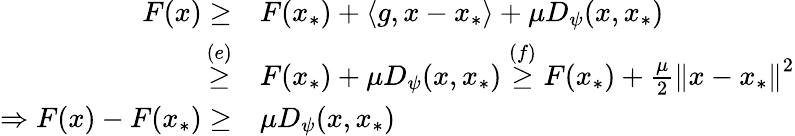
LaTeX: \begin{array}{rl}{F(x)\geq}&{F(x_{*})+\langle g,x-x_{*}\rangle+\mu D_{\psi}(x,x_{*})}\\ {\overset{(e)}{\geq}}&{F(x_{*})+\mu D_{\psi}(x,x_{*})\overset{(f)}{\geq}F(x_{*})+\frac{\mu}{2}\left\Vert x-x_{*}\right\Vert^{2}}\\ {\Rightarrow F(x)-F(x_{*})\geq}&{\mu D_{\psi}(x,x_{*})}\end{array}